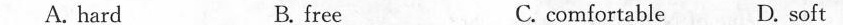
A. hard B. free C. comfortable D. soft